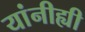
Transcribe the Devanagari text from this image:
यांनीह्यी